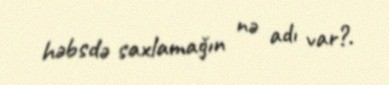
həbsdə saxlamağın nə adı var?.